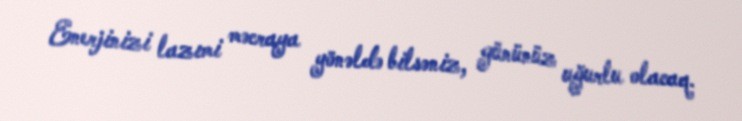
Enerjinizi lazımi məcraya yönəldə bilsəniz, gününüz uğurlu olacaq.